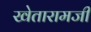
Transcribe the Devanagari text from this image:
खेतारामजी